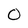
Character: 0